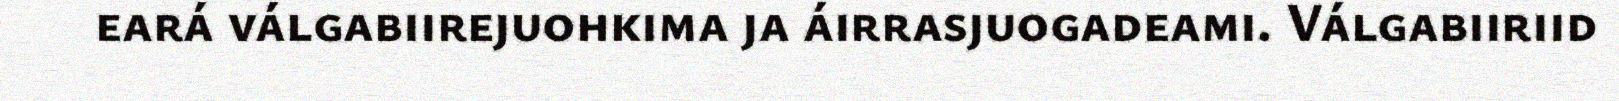
eará válgabiirejuohkima ja áirrasjuogadeami. Válgabiiriid